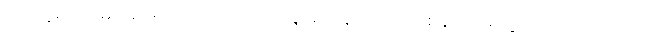
သူတွေးတောမိသည်မှာ အတိတ်သည် သူ့အဖို့တွင် အဖုံးတစ်ခုဖြင့် ဖုံးလွှမ်းထားလိုက်သည့်